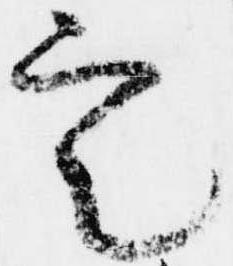
定